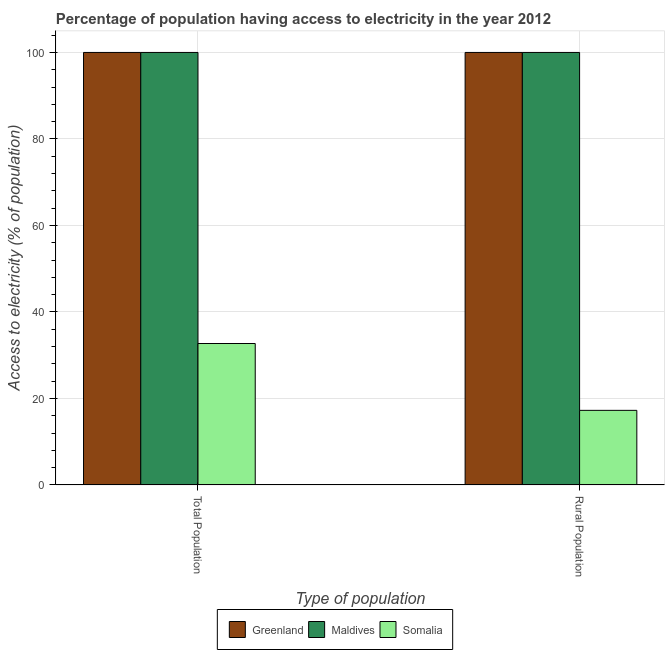
| Type of population | Greenland | Maldives | Somalia |
 | --- | --- | --- | --- |
 | Total Population | 100 | 100 | 32.7 |
 | Rural Population | 100 | 100 | 17.3 |